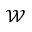
\mathcal { W }